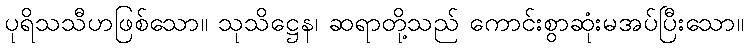
ပုရိသသီဟဖြစ်သော။ သုသိဋ္ဌေန၊ ဆရာတို့သည် ကောင်းစွာဆုံးမအပ်ပြီးသော။